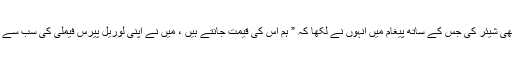
اس سے قبل لبنانی اداکارہ نے ایک اور ویڈیو بھی شیئر کی جس کے ساتھ پیغام میں انہوں نے لکھا کہ ” ہم اس کی قیمت جانتے ہیں ، میں نے اپنی لوریل پیرس فیملی کی سب سے متاثر کن خواتین کے ساتھ ریمپ پر واک کی ۔